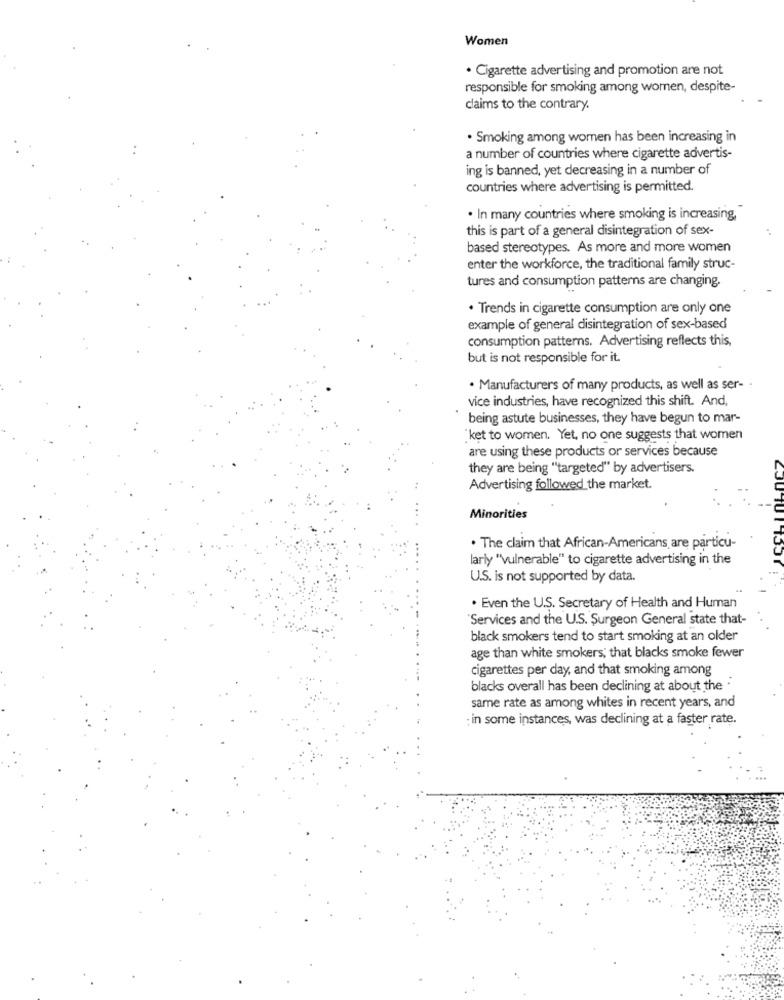
Women
· Cigarette advertising and promotion are not
responsible for smoking among women, despite-
claims to the contrary.
. Smoking among women has been increasing in
a number of countries where cigarette advertis-
ing is banned, yet decreasing in a number of
countries where advertising is permitted.
· In many countries where smoking is increasing,
this is part of a general disintegration of sex-
based stereotypes. As more and more women
enter the workforce, the traditional family struc-
tures and consumption patterns are changing.
· Trends in cigarette consumption are only one
example of general disintegration of sex-based
consumption patterns. Advertising reflects this,
but is not responsible for it.
· Manufacturers of many products, as well as ser- .
vice industries, have recognized this shift. And,
being astute businesses, they have begun to mar-
ket to women. Yet, no one suggests that women
are using these products or services because
they are being "targeted" by advertisers.
Advertising followed the market.
CJU TU
Minorities
. The claim that African-Americans are particu-
larly "vulnerable" to cigarette advertising in the
U.S. is not supported by data.
. Even the U.S. Secretary of Health and Human
"Services and the U.S. Surgeon General state that-
black smokers tend to start smoking at an older
age than white smokers; that blacks smoke fewer
cigarettes per day, and that smoking among
blacks overall has been declining at about the .
same rate as among whites in recent years, and
; in some instances, was declining at a faster rate.